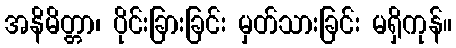
အနိမိတ္တာ၊ ပိုင်းခြားခြင်း မှတ်သားခြင်း မရှိကုန်။